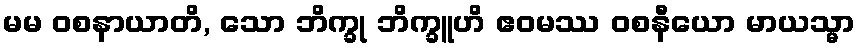
မမ ဝစနာယာတိ, သော ဘိက္ခု ဘိက္ခူဟိ ဧဝမဿ ဝစနီယော မာယသ္မာ